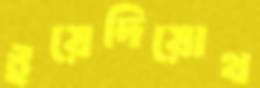
ইয়েদিয়োথ